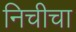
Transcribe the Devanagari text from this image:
निचीचा